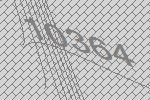
10364